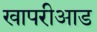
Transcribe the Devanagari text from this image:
खापरीआड